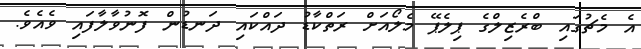
އެ މެޗުގައި ބްރެޒިލްގެ ޕިލެޕޭ މެލޯއަށް ރަތްކާޑު ދައްކައި ދަނޑުން ފޮނުވާލާފައި ވެއެވެ.